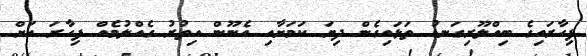
ފިހާރައިގެ ބިއްލޫރިގަނޑު ތަޅައިގެން ދިޔަ ކަމަށާއި އެނޫން އިތުރު ގެއްލުމެއް ފިހާރަ އަށް